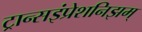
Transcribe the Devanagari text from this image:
ट्रान्सइंप्रेशनिझम्